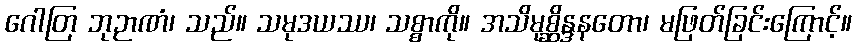
ဂေါတြ ဘုဉာဏံ၊ သည်။ သမုဒယဿ၊ သစ္စာကို။ အသိမုစ္ဆိန္ဒနတော၊ မဖြတ်ခြင်းကြောင့်။